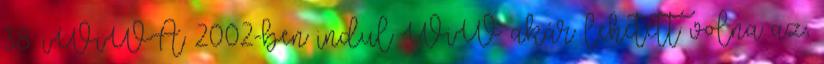
38. iWiWA 2002-ben indul WiW akár lehetett volna az,